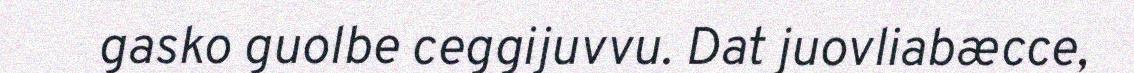
gasko guolbe ceggijuvvu. Dat juovliabæcce,